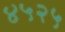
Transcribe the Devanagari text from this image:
४५२५